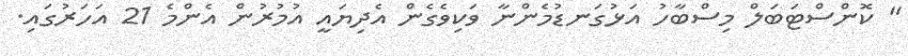
" ކޮންސްޓަބަލް މިސްބާހު އަޅުގަނޑުމެންނާ ވަކިވެގެން އެދިޔައީ އުމުރުން އެންމެ 21 އަހަރުގައި.